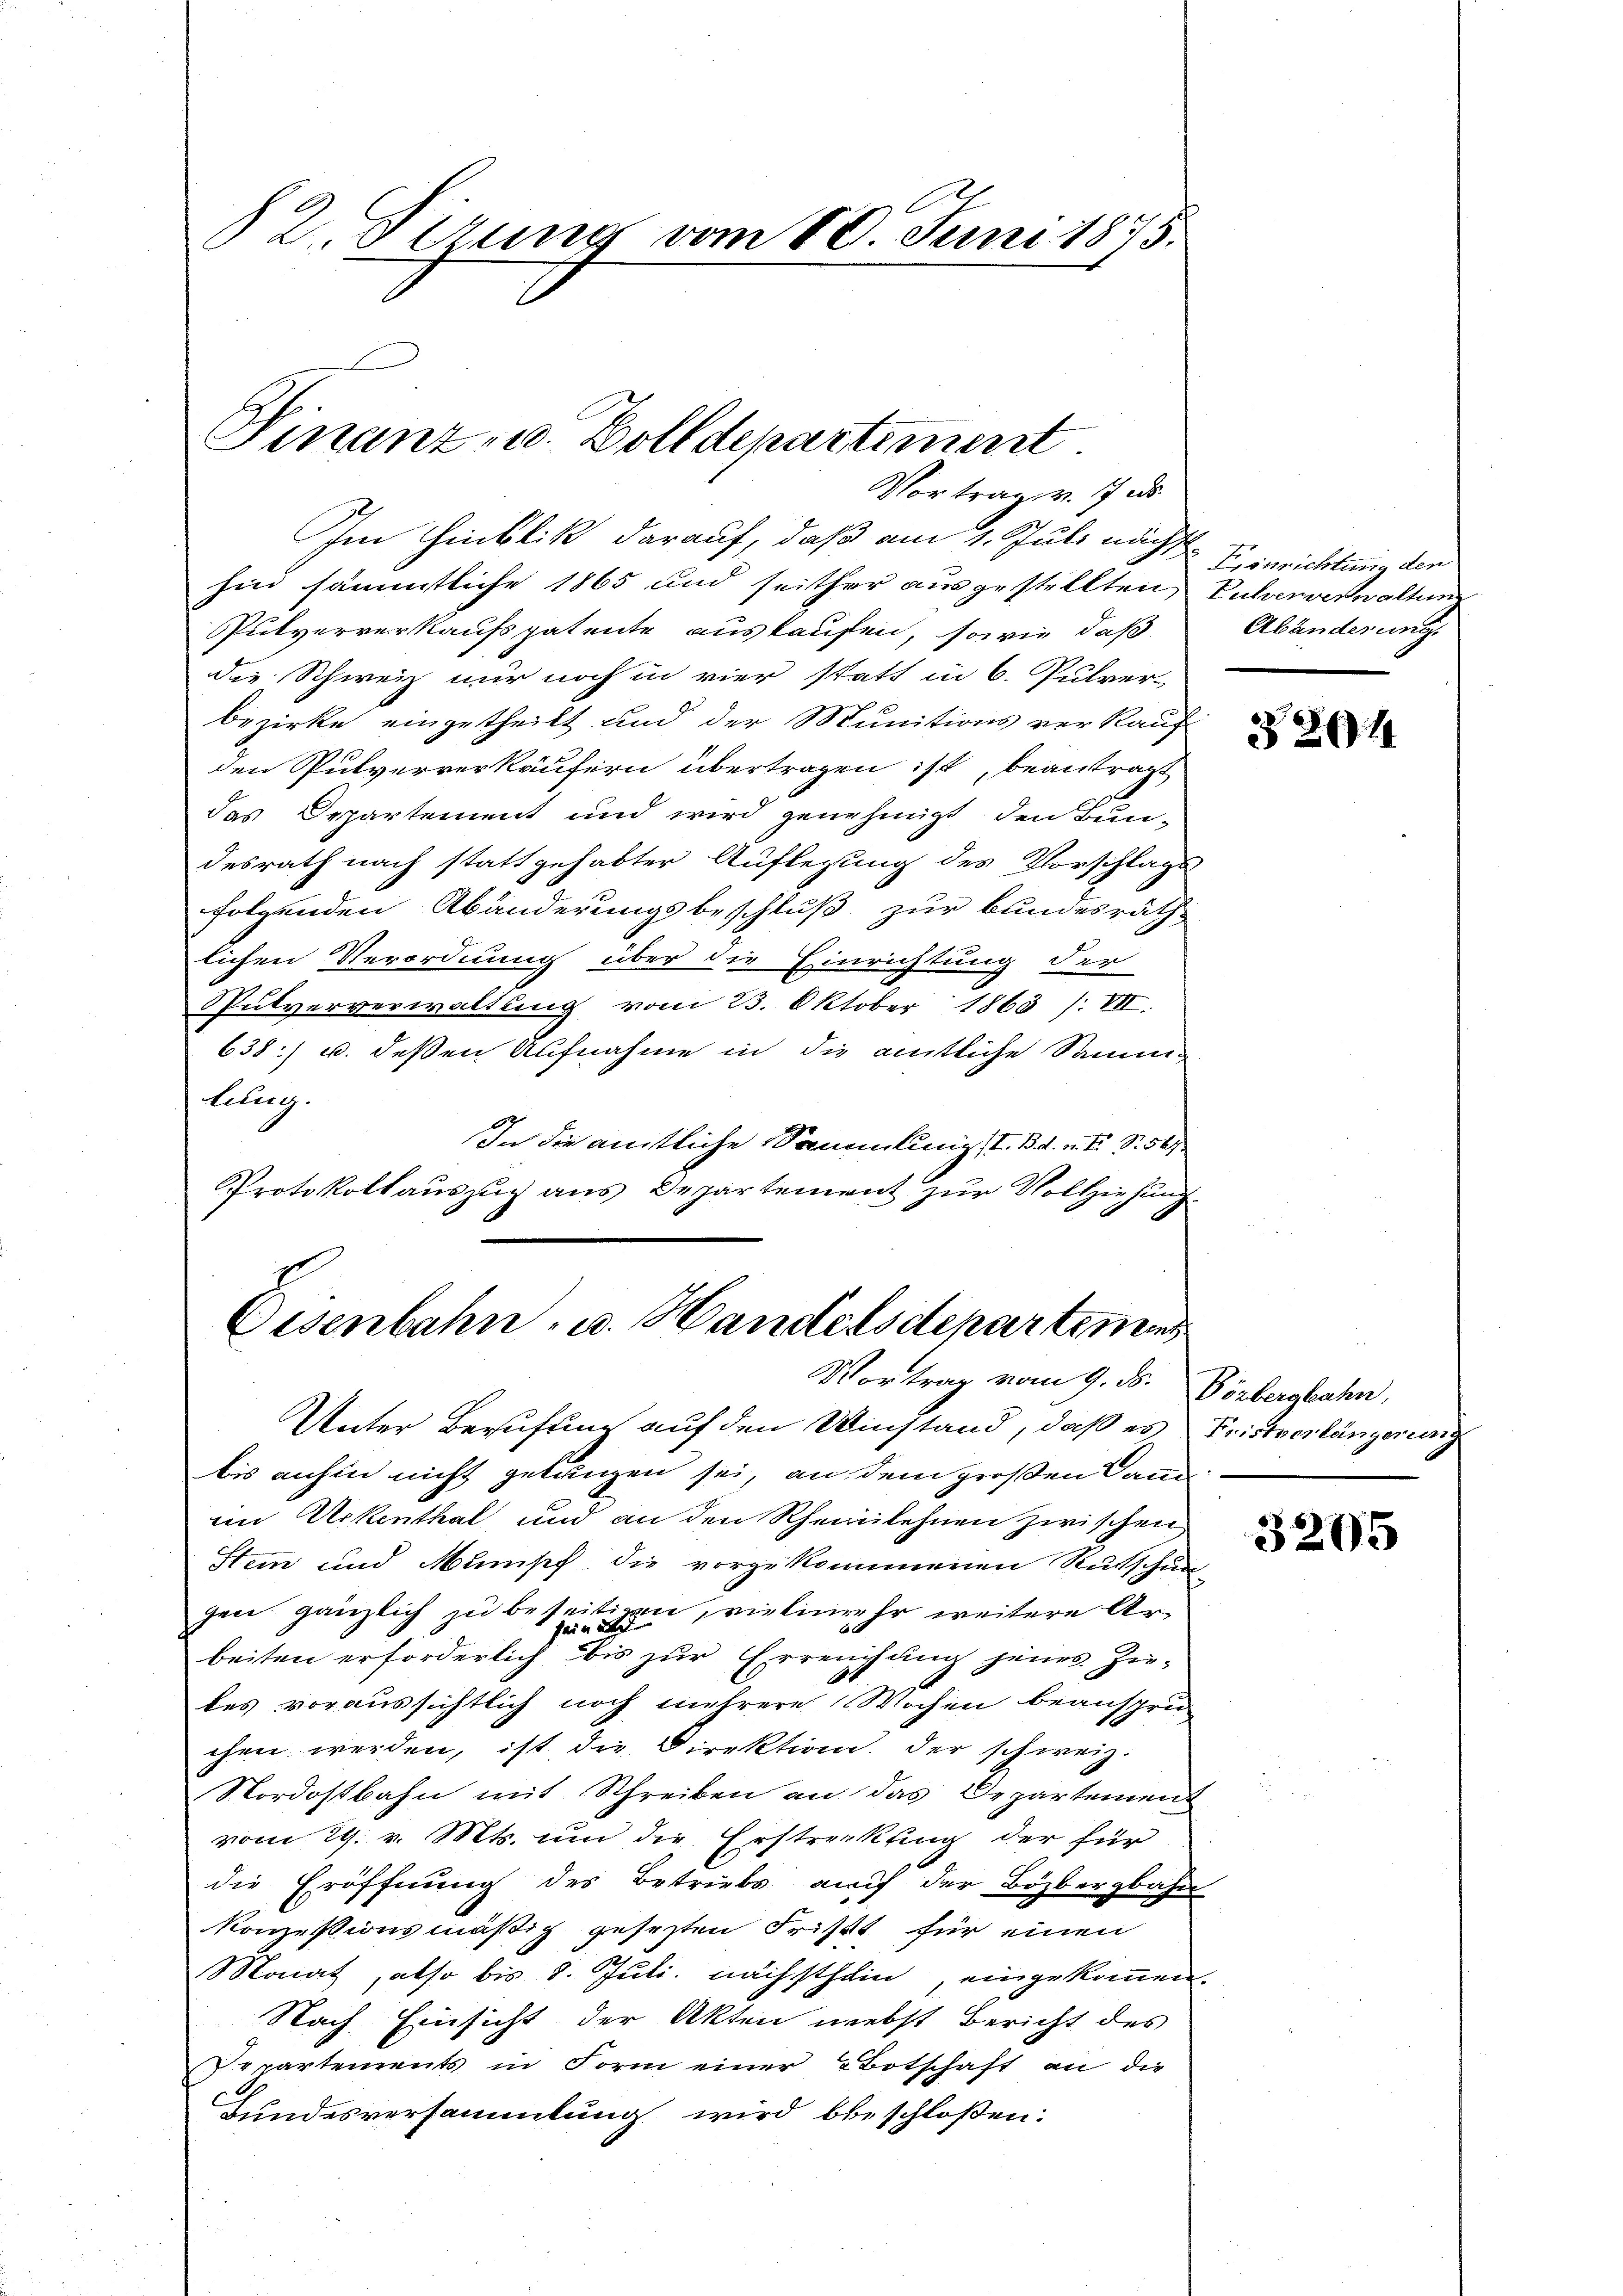
82 Sirung vom 10. Juni 1875.

Finanz u. Zolldepartiment.
Vortrag v. 7 d

Im Hinblik darauf, daß am 1. Juli nächst
hin sämmtliche 1865 und seither ausgestellten Entwerverwaltung
Pulververkaufspatente auskaufen, sowie daß
die Schweiz mir noch in vier statt in 6. Pulver-
bezirke eingetheilt und der Munitions verkauf
den Pulververkäufern übertragen ist, beantragt
das Departement und wird genehmigt, den Bun-
desrath nach stattgehabter Auflegung des Vorschlags
folgenden Abänderungsbeschluß zur Bundesräth
lichen Verordnung über die Einrichtung der
Spulververwaltung vom 23. Oktober 1863 /: VII.
638) u. deßen Aufnahme in die amtliche Samme
Lilug.
In die amtliche Sammlung st. B. d. n. F. S. 501
Protokollauszug aus Departement zur Vollziehung¬

Eisenbahn, u. Handelsdeparteme
Vortrag vom 9. ds. Vorbergbahn,

Unter Berufung auf den Winstand, daß es Fristverlängerung
bis anhin nicht gelangen sei, an dem großen Dann
im Unkenthal und an den Rheinlehnen zwischen
Stein und Mumisch die vorgekommenen Rutschun-
gen gänzlich zu beseitigen, vielene Er weitere Ard
beiten erforderlich bis zur Erreichung jenes Zutes voraussichtlich noch mehrere Wochen beanspru
chen werden, ist die Direktion. Der schweiz.
Nordostbahn mit Schreiben an das Departement
vom 29. v. Mts. um die Erstreckling der für
die Eröffnung des Betriebs auf der Bözbergbahn
konzessionsmäßig gesezten Frist für einen
Monat, also bis 8. Juli nächsthein, eingekommen.
Nach Einsicht der Akten nebst Bericht des
Separtements in Form einer Botschaft an die
Bundesversammlung wird beschloßen:

Einrichtung der
Abänderung.

3261

3295